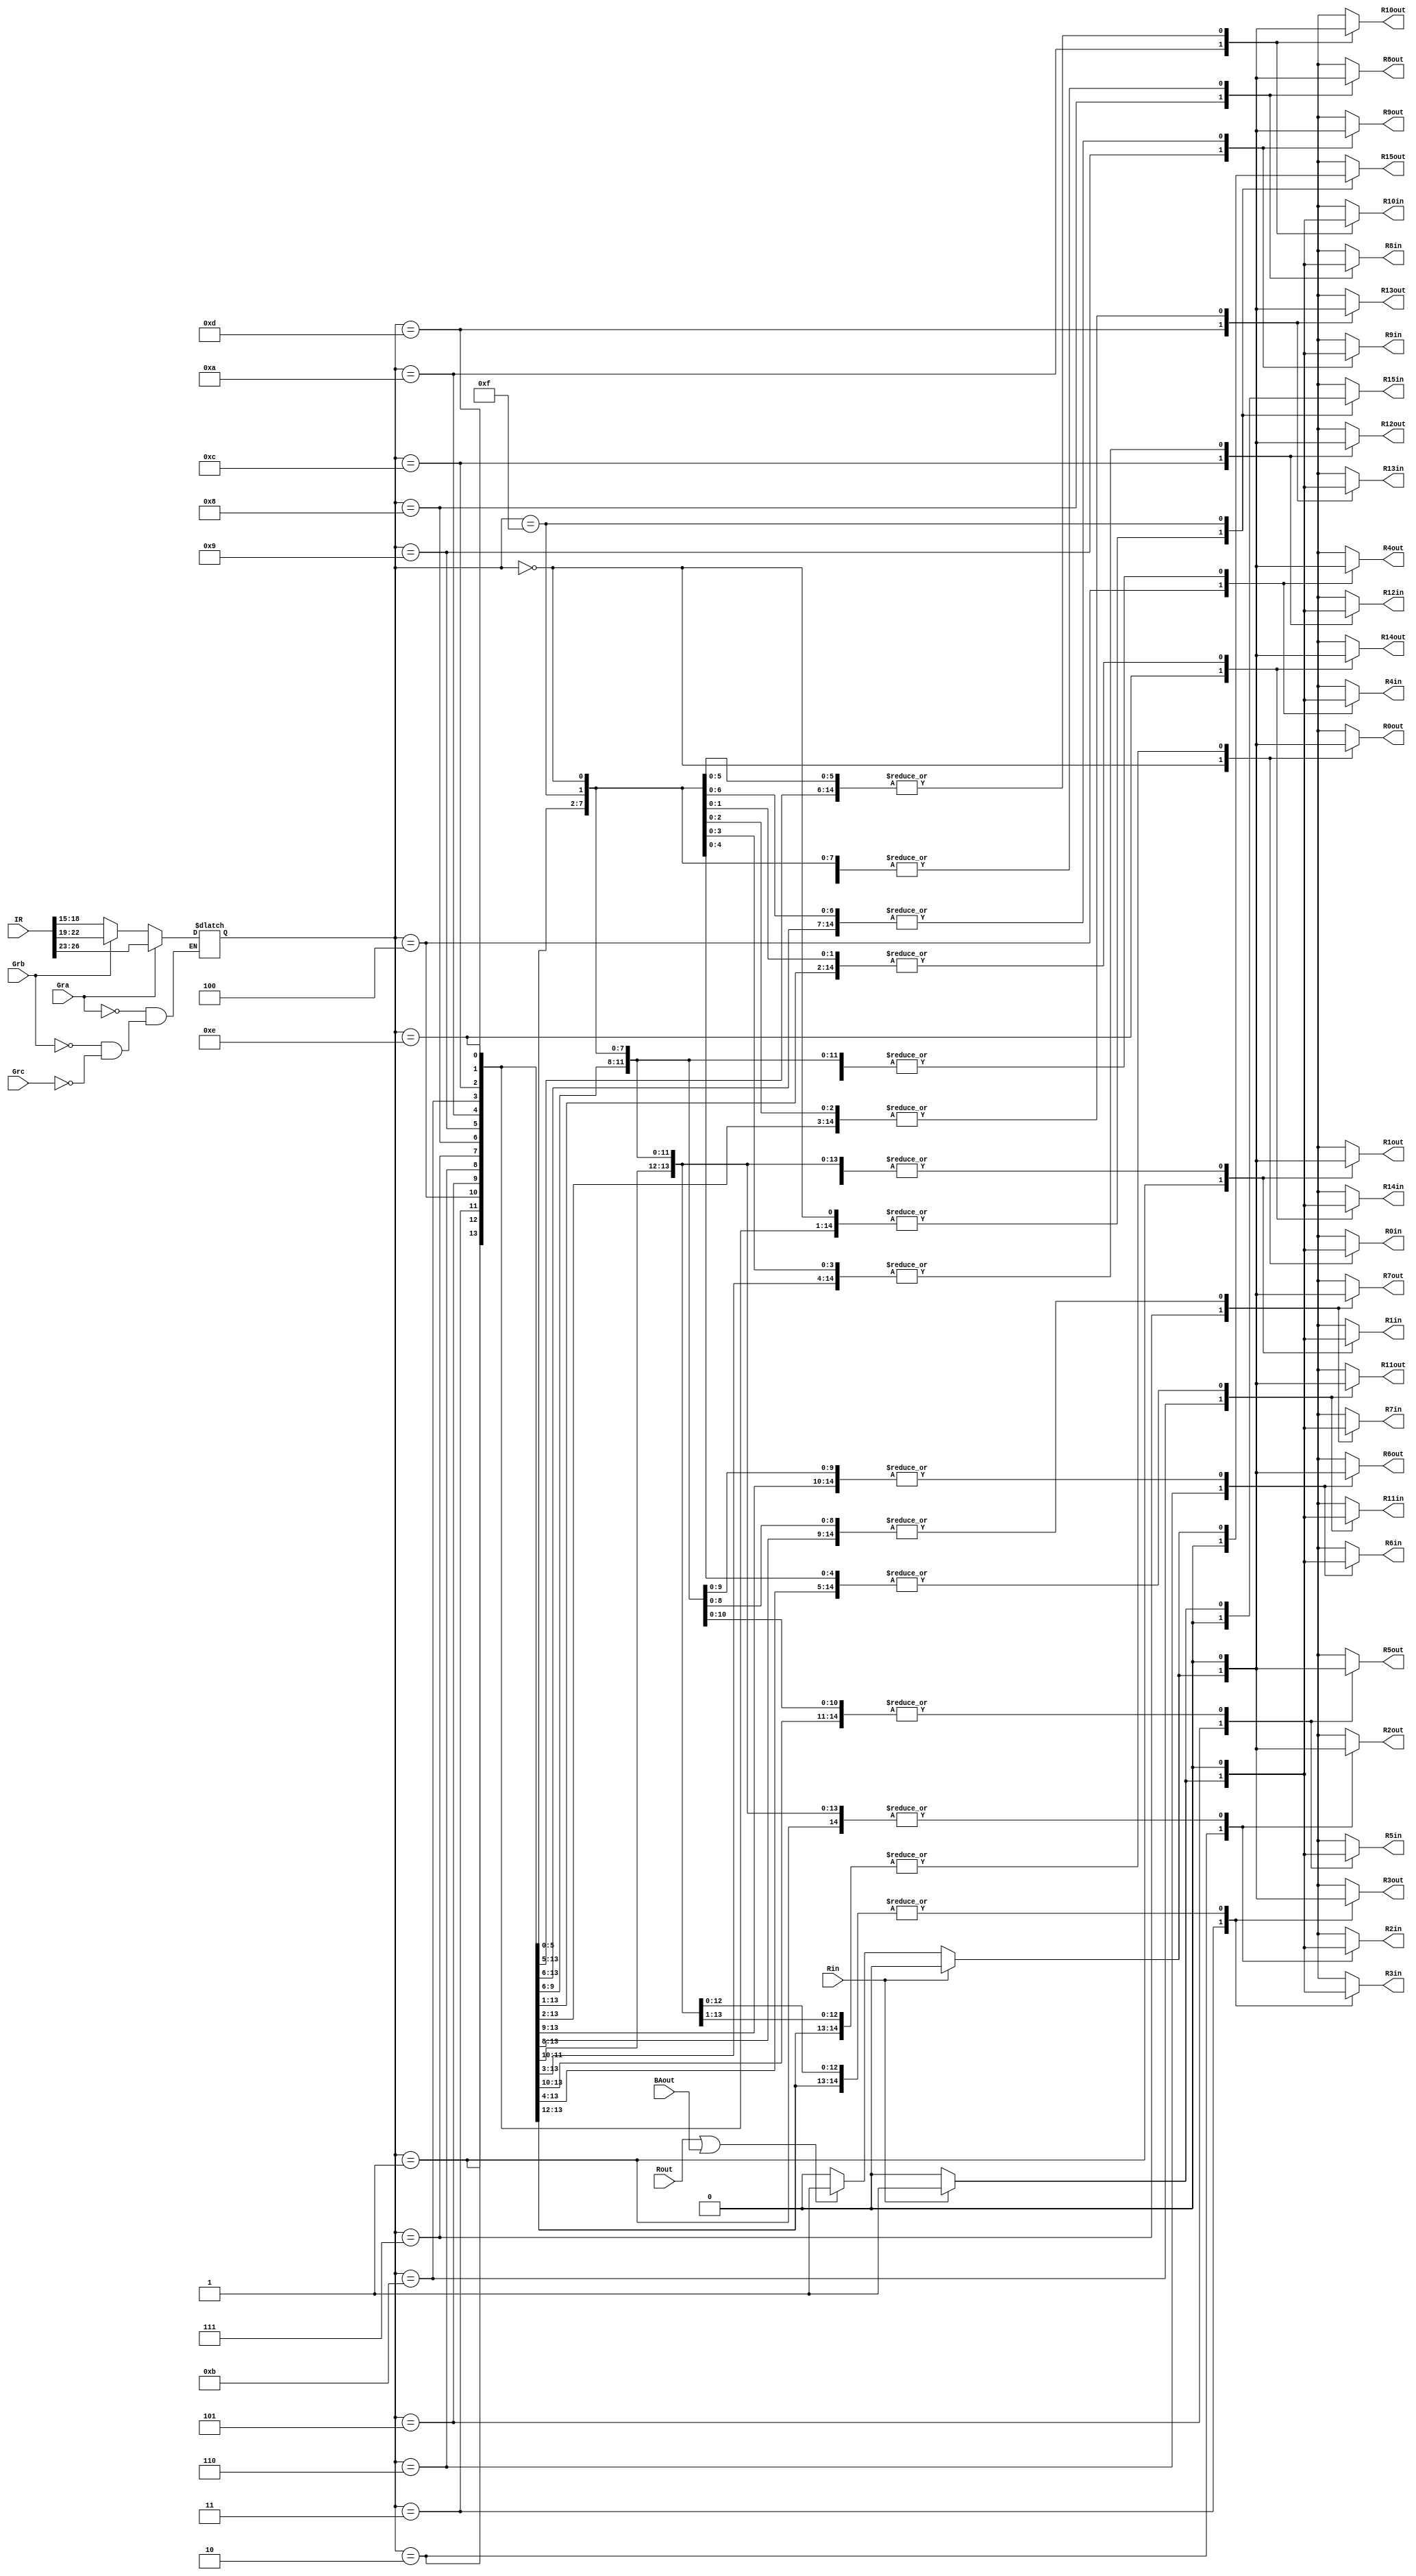
module Select_Encode (input Gra, Grb, Grc, Rin, Rout, BAout, input [31:0] IR, output reg R0out, R1out, R2out, R3out, 
							R4out, R5out, R6out, R7out, R8out, R9out, R10out, R11out, R12out, R13out, R14out, R15out,
							R0in, R1in, R2in, R3in, R4in, R5in, R6in, R7in, R8in, R9in, R10in, R11in, R12in, R13in, R14in, R15in);
			
reg [3:0] Decoder_in;
initial
	begin
		R0out = 0;
		R1out = 0;
		R2out = 0;
		R3out = 0;
		R4out = 0;
		R5out = 0;
		R6out = 0;
		R7out = 0;
		R8out = 0;
		R9out = 0;
		R10out = 0;
		R11out = 0;
		R12out = 0;
		R13out = 0;
		R14out = 0;
		R15out= 0;
		R0in = 0;
		R1in = 0;
		R2in = 0;
		R3in = 0;
		R4in = 0;
		R5in = 0;
		R6in = 0;
		R7in = 0;
		R8in = 0;
		R9in = 0;
		R10in = 0;
		R11in = 0;
		R12in = 0;
		R13in = 0;
		R14in = 0;
		R15in = 0;
	end

always @(*) begin
	if (Gra) begin
		Decoder_in <= IR [26:23];
	end else if (Grb) begin
		Decoder_in <= IR [22:19];
	end else if (Grc) begin
		Decoder_in <= IR [18:15];
	end 
	R0out = 0;
	R1out = 0;
	R2out = 0;
	R3out = 0;
	R4out = 0;
	R5out = 0;
	R6out = 0;
	R7out = 0;
	R8out = 0;
	R9out = 0;
	R10out = 0;
	R11out = 0;
	R12out = 0;
	R13out = 0;
	R14out = 0;
	R15out= 0;
	R0in = 0;
	R1in = 0;
	R2in = 0;
	R3in = 0;
	R4in = 0;
	R5in = 0;
	R6in = 0;
	R7in = 0;
	R8in = 0;
	R9in = 0;
	R10in = 0;
	R11in = 0;
	R12in = 0;
	R13in = 0;
	R14in = 0;
	R15in = 0;

	case (Decoder_in)
		4'b0000: begin
						if (Rin) begin
							R0in = 1;
							R0out = 0;
						end else if (Rout | BAout) begin
							R0out = 1;
							R0in = 0;
						end
					end
		4'b0001: begin
					 if (Rin) begin
							R1in = 1;
							R1out = 0;
						end else if (Rout | BAout) begin
							R1out = 1;
							R1in = 0;
						end
					end
		4'b0010: begin
					 if (Rin) begin
							R2in = 1;
							R2out = 0;
						end else if (Rout | BAout) begin
							R2out = 1;
							R2in = 0;
						end
					end
		4'b0011: begin
					 if (Rin) begin
							R3in = 1;
							R3out = 0;
						end else if (Rout | BAout) begin
							R3out = 1;
							R3in = 0;
						end
					end
		4'b0100: begin
					 if (Rin) begin
							R4in = 1;
							R4out = 0;
						end else if (Rout | BAout) begin
							R4out = 1;
							R4in = 0;
						end
					end
		4'b0101: begin
					 if (Rin) begin
							R5in = 1;
							R5out = 0;
						end else if (Rout | BAout) begin
							R5out = 1;
							R5in = 0;
						end
					end
		4'b0110: begin
					 if (Rin) begin
							R6in = 1;
							R6out = 0;
						end else if (Rout | BAout) begin
							R6out = 1;
							R6in = 0;
						end
					end
		4'b0111: begin
					 if (Rin) begin
							R7in = 1;
							R7out = 0;
						end else if (Rout | BAout) begin
							R7out = 1;
							R7in = 0;
						end
					end
		4'b1000: begin
					 if (Rin) begin
							R8in = 1;
							R8out = 0;
						end else if (Rout | BAout) begin
							R8out = 1;
							R8in = 0;
						end
					end
		4'b1001: begin
					 if (Rin) begin
							R9in = 1;
							R9out = 0;
						end else if (Rout | BAout) begin
							R9out = 1;
							R9in = 0;
						end
					end
		4'b1010: begin
					 if (Rin) begin
							R10in = 1;
							R10out = 0;
						end else if (Rout | BAout) begin
							R10out = 1;
							R10in = 0;
						end
					end
		4'b1011: begin
					 if (Rin) begin
							R11in = 1;
							R11out = 0;
						end else if (Rout | BAout) begin
							R11out = 1;
							R11in = 0;
						end
					end
		4'b1100: begin
					 if (Rin) begin
							R12in = 1;
							R12out = 0;
						end else if (Rout | BAout) begin
							R12out = 1;
							R12in = 0;
						end
					end
		4'b1101: begin
					 if (Rin) begin
							R13in = 1;
							R13out = 0;
						end else if (Rout | BAout) begin
							R13out = 1;
							R13in = 0;
						end
					end
		4'b1110: begin
					 if (Rin) begin
							R14in = 1;
							R14out = 0;
						end else if (Rout | BAout) begin
							R14out = 1;
							R14in = 0;
						end
					end
		4'b1111: begin
					 if (Rin) begin
							R15in = 1;
							R15out = 0;
						end else if (Rout | BAout) begin
							R15out = 1;
							R15in = 0;
						end
					end
	endcase
end	
endmodule